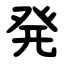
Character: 発